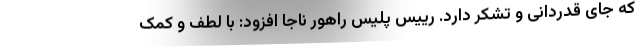
که جای قدردانی و تشکر دارد. رییس پلیس راهور ناجا افزود: با لطف و کمک